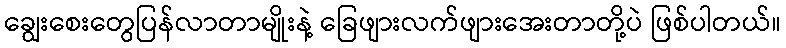
ချွေးစေးတွေပြန်လာတာမျိုးနဲ့ ခြေဖျားလက်ဖျားအေးတာတို့ပဲ ဖြစ်ပါတယ်။